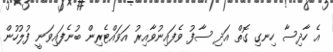
އެ ހާދިސާ ހިނގި ގޮތް އަދި ސާފު ވެފައިނުވާއިރު އަވައްޓެރިން ބުނެފައިވަނީ ފުލުހުން